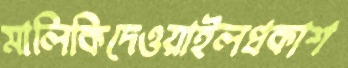
মালিকিদেওয়াইলপ্রকাশ